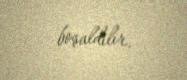
boşaldılır.